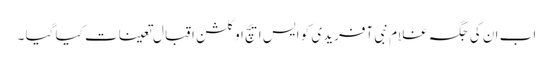
اب ان کی جگہ غلام نبی آفریدی کو ایس ایچ او گلشن اقبال تعینات کیا گیا ۔